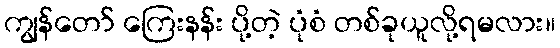
ကျွန်တော် ကြေးနန်း ပို့တဲ့ ပုံစံ တစ်ခုယူလို့ရမလား။